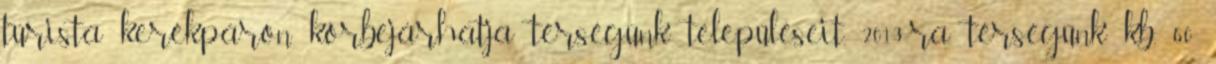
túrista kerékpáron körbejárhatja térségünk településeit. 2013-ra térségünk kb. 60